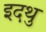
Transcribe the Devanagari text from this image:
इदथु